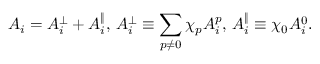
A _ { i } = A _ { i } ^ { \perp } + A _ { i } ^ { \| } , \, A _ { i } ^ { \perp } \equiv \sum _ { p \neq 0 } \chi _ { p } A _ { i } ^ { p } , \, A _ { i } ^ { \| } \equiv \chi _ { 0 } A _ { i } ^ { 0 } .